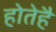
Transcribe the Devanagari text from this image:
होतेहै